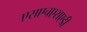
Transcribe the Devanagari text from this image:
एसएचएसएडी